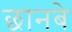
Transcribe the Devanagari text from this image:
छानबे